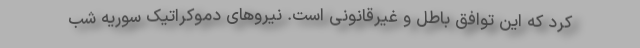
کرد که این توافق باطل و غیرقانونی است. نیروهای دموکراتیک سوریه شب